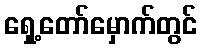
ရှေ့တော်မှောက်တွင်